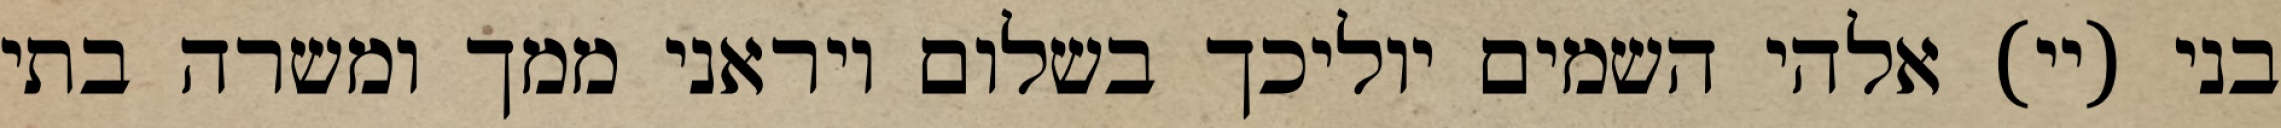
בני (יי) אלהי השמים יוליכך בשלום ויראני ממך ומשרה בתי